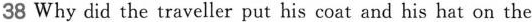
38 Why did the traveller put his coat and his hat on the